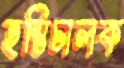
হস্তিচালক